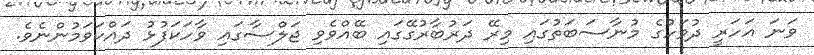
ވަނަ އަހަރީ ދުވަހުގެ މުނާސަބަތުގައި މިރޭ ދަރުބާރުގޭގައި ބޭއްވެވި ޖަލްސާގައި ވާހަކަފުޅު ދައްކަވަމުންނެވެ.